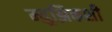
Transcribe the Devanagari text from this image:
म्य़ुझिकशी